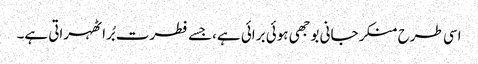
اسی طرح منکر جانی بوجھی ہوئی برائی ہے،جسے فطرت بُرا ٹھہراتی ہے۔